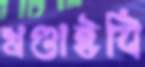
খণ্ডাইবি